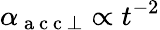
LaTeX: \alpha_{\mathrm{~a~c~c~}\perp}\propto t^{-2}